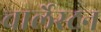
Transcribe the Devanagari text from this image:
चार्लेस्टन